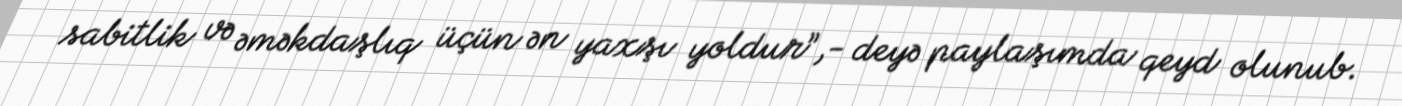
sabitlik və əməkdaşlıq üçün ən yaxşı yoldur”,- deyə paylaşımda qeyd olunub.